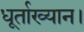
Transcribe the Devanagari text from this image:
धूर्ताख्यान।